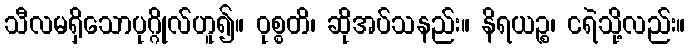
သီလမရှိသောပုဂ္ဂိုလ်ဟူ၍။ ဝုစ္စတိ၊ ဆိုအပ်သနည်း။ နိရယဉ္စ၊ ငရဲသို့လည်း။